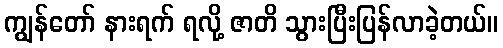
ကျွန်တော် နားရက် ရလို့ ဇာတိ သွားပြီးပြန်လာခဲ့တယ်။